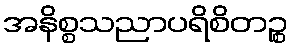
အနိစ္စသညာပရိစိတဉ္စ